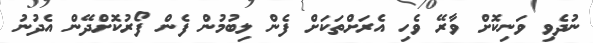
ނުދެވި ވަނިކޮށް ވާރޭ ވެހި އެރަށްތަކަށް ފެން ލިބުމުން ފެން ފޯރުކޮށްދޭން އެދުނު